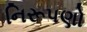
નિરૂપણો